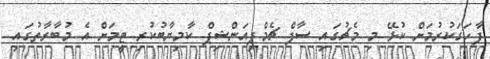
ފާހަގަކުރުމަށް ކުޅޭ މި މެޗުގައި ސާފް ޗެމްޕިއަންޝިޕް ކާމިޔާބުކުރި ޓީމަށް އެ މުބާރާތުގައި